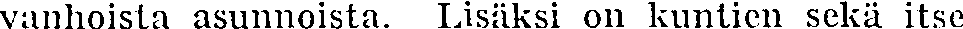
vanhoista asunnoista. Lisäksi on kuntien sekä itse